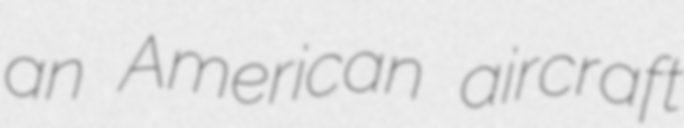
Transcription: an American aircraft